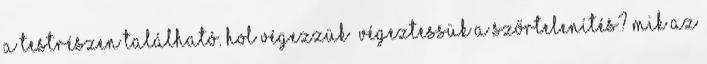
a testrészen található. Hol végezzük végeztessük a szőrtelenítés? Mik az